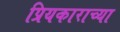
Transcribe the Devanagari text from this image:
प्रियकाराच्या